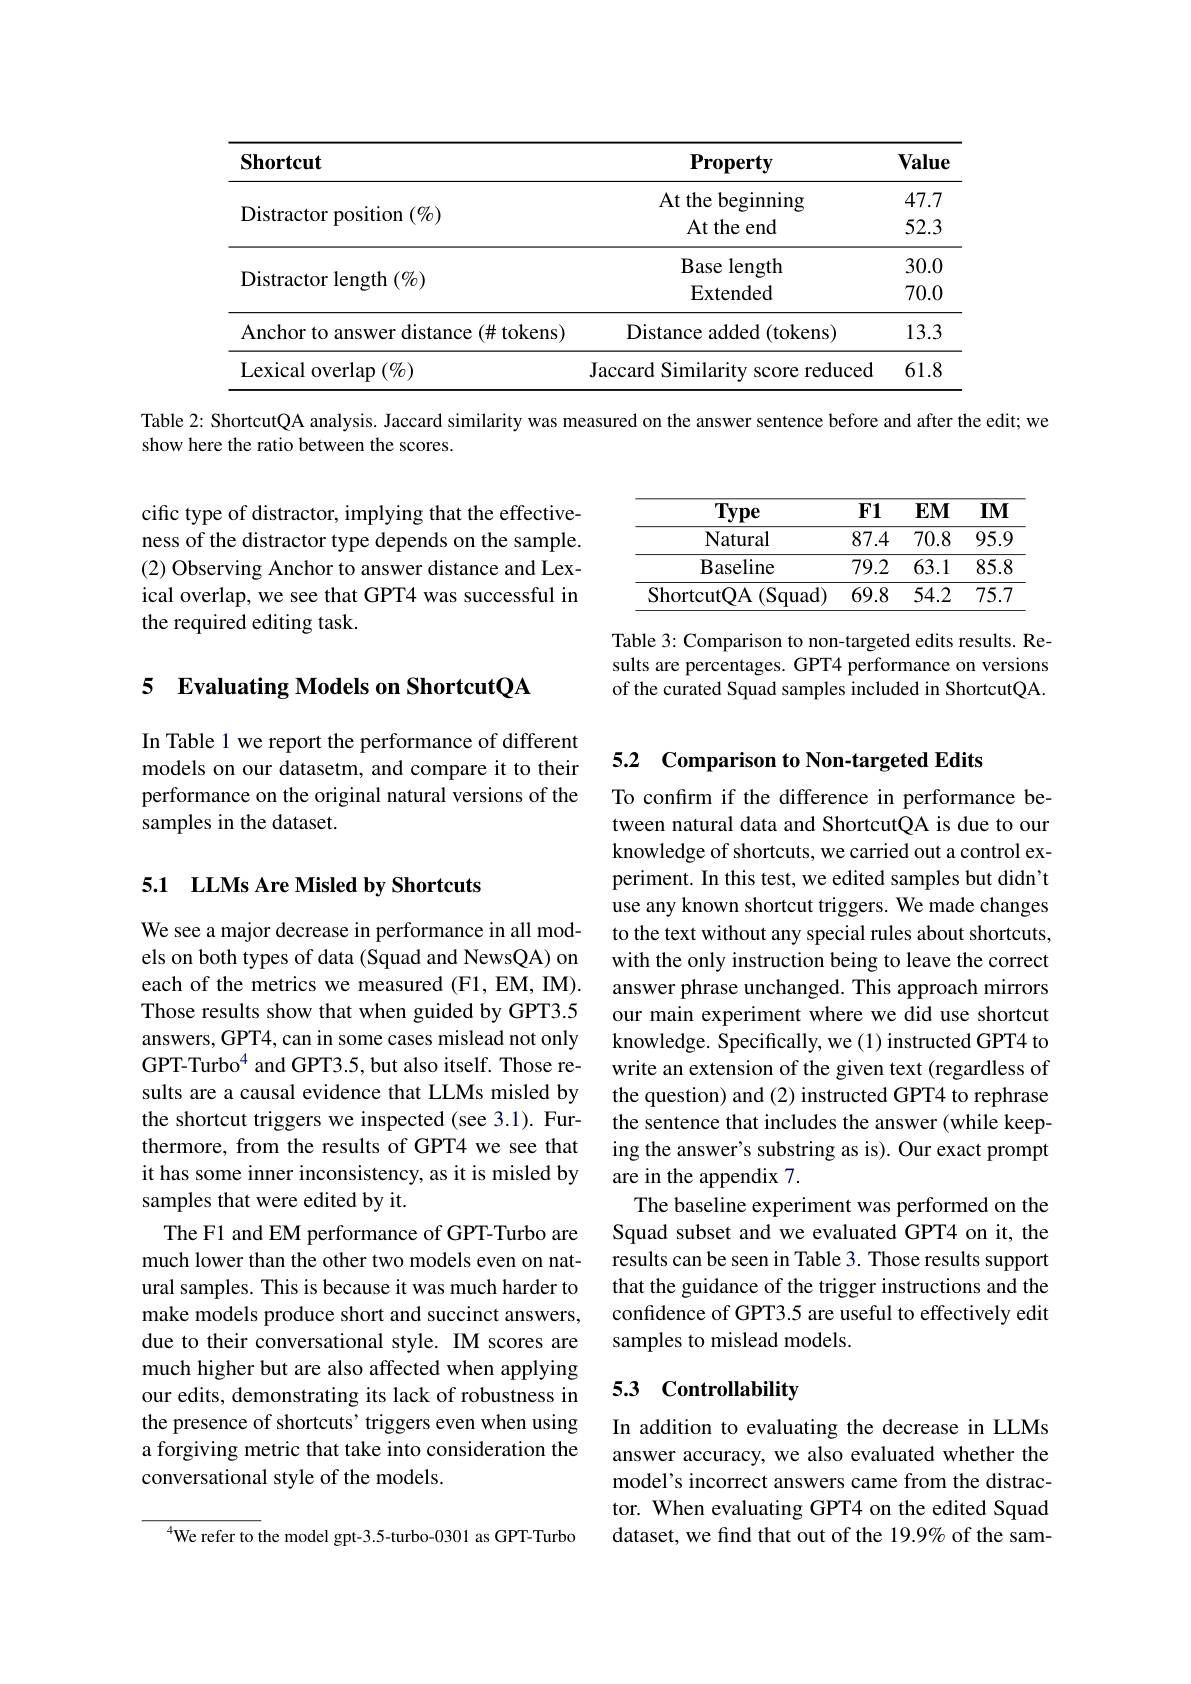
<table>
	<tbody>
		<tr>
			<th>$\mathbf{Shortcut}$</th>
			<th>$\mathbf{Property}$</th>
			<th>Value</th>
		</tr>
		<tr>
			<td>${\mathrm{Distractor~position~}}(\%)$</td>
			<td>At the beginning $\operatorname{At}$the end</td>
			<td>47.7 52.3</td>
		</tr>
		<tr>
			<td>${\mathrm{Distractor~position~}}(\%)$</td>
			<td>At the beginning $\operatorname{At}$the end</td>
			<td>47.7 52.3</td>
		</tr>
		<tr>
			<td rowspan="2">Distractor length $(\%)$</td>
			<td>Base length</td>
			<td>30.0</td>
		</tr>
		<tr>
			<td>Extended</td>
			<td>70.0</td>
		</tr>
		<tr>
			<td>Anchor to answer distance (# tokens)</td>
			<td>Distance added (tokens)</td>
			<td>13.3</td>
		</tr>
		<tr>
			<td>$\operatorname{Lexical}$ overlap $(\%)$</td>
			<td>Jaccard Similaritv s score reduced</td>
			<td>61.8</td>
		</tr>
	</tbody>
</table>

Table 2: ShortcutQA analysis. Jaccard similarity was measured on the answer sentence before and after the edit; we
show here the ratio between the scores.

<table>
	<tbody>
		<tr>
			<th>Type</th>
			<th>$\mathbf{F1}$</th>
			<th>$EMI$</th>
			<th>$IM$</th>
		</tr>
		<tr>
			<td>Natural</td>
			<td>87.4</td>
			<td>70.8</td>
			<td>95.9</td>
		</tr>
		<tr>
			<td>Baseline</td>
			<td>79.2</td>
			<td>63.1</td>
			<td>85.8</td>
		</tr>
		<tr>
			<td>ShortcutQA ( Squad) </td>
			<td>69.8</td>
			<td>54.2</td>
			<td>75.7</td>
		</tr>
	</tbody>
</table>

cific type of distractor, implying that the effectiveness of the distractor type depends on the sample. (2) Observing Anchor to answer distance and Lexical overlap, we see that GPT4 was successful in the required editing task.

Table 3: Comparison to non-targeted edits results. Results are percentages. GPT4 performance on versions of the curated Squad samples included in ShortcutQA.

# 5 Evaluating Models on ShortcutQA

5.2 Comparison to Non-targeted Edits

In Table 1 we report the performance of different models on our datasetm, and compare it to their performance on the original natural versions of the samples in the dataset.

## 5.1 LLMs Are Misled by Shortcuts

To confirm if the difference in performance between natural data and ShortcutQA is due to our knowledge of shortcuts, we carried out a control experiment. In this test, we edited samples but didn't use any known shortcut triggers. We made changes to the text without any special rules about shortcuts, with the only instruction being to leave the correct answer phrase unchanged. This approach mirrors our main experiment where we did use shortcut knowledge. Specifically, we(1) instructed GPT4 to write an extension of the given text (regardless of the question) and (2) instructed GPT4 to rephrase the sentence that includes the answer (while keeping the answer's substring as is). Our exact prompt are in the appendix 7.
The baseline experiment was performed on the Squad subset and we evaluated GPT4 on it, the results can be seen in Table 3. Those results support that the guidance of the trigger instructions and the confidence of GPT3.5 are useful to effectively edit samples to mislead models.

We see a major decrease in performance in all models on both types of data (Squad and NewsQA) on each of the metrics we measured (F1, EM, IM). Those results show that when guided by GPT3.5 answers, GPT4, can in some cases mislead not only GPT-Turbo$^4$ and GPT3.5, but also itself. Those results are a causal evidence that LLMs misled by the shortcut triggers we inspected (see 3.1). Furthermore, from the results of GPT4 we see that it has some inner inconsistency, as it is misled by samples that were edited by it.
The F1 and EM performance of GPT-Turbo are much lower than the other two models even on natural samples. This is because it was much harder to make models produce short and succinct answers, due to their conversational style. IM scores are much higher but are also affected when applying our edits, demonstrating its lack of robustness in the presence of shortcuts' triggers even when using a forgiving metric that take into consideration the conversational style of the models.

# 5.3 Controllability

In addition to evaluating the decrease in LLMs answer accuracy, we also evaluated whether the model's incorrect answers came from the distractor. When evaluating GPT4 on the edited Squad dataset, we find that out of the 19.9% of the sam-

$^{4}$We refer to the model gpt-3.5-turbo-0301 as GPT-Turbo